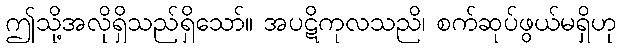
ဤသို့အလိုရှိသည်ရှိသော်။ အပဋိကုလသညိ၊ စက်ဆုပ်ဖွယ်မရှိဟု